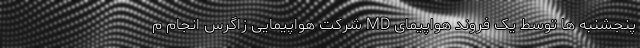
پنجشنبه ها توسط یک فروند هواپیمای MD شرکت هواپیمایی زاگرس انجام م